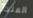
الملجأ